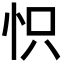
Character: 怾